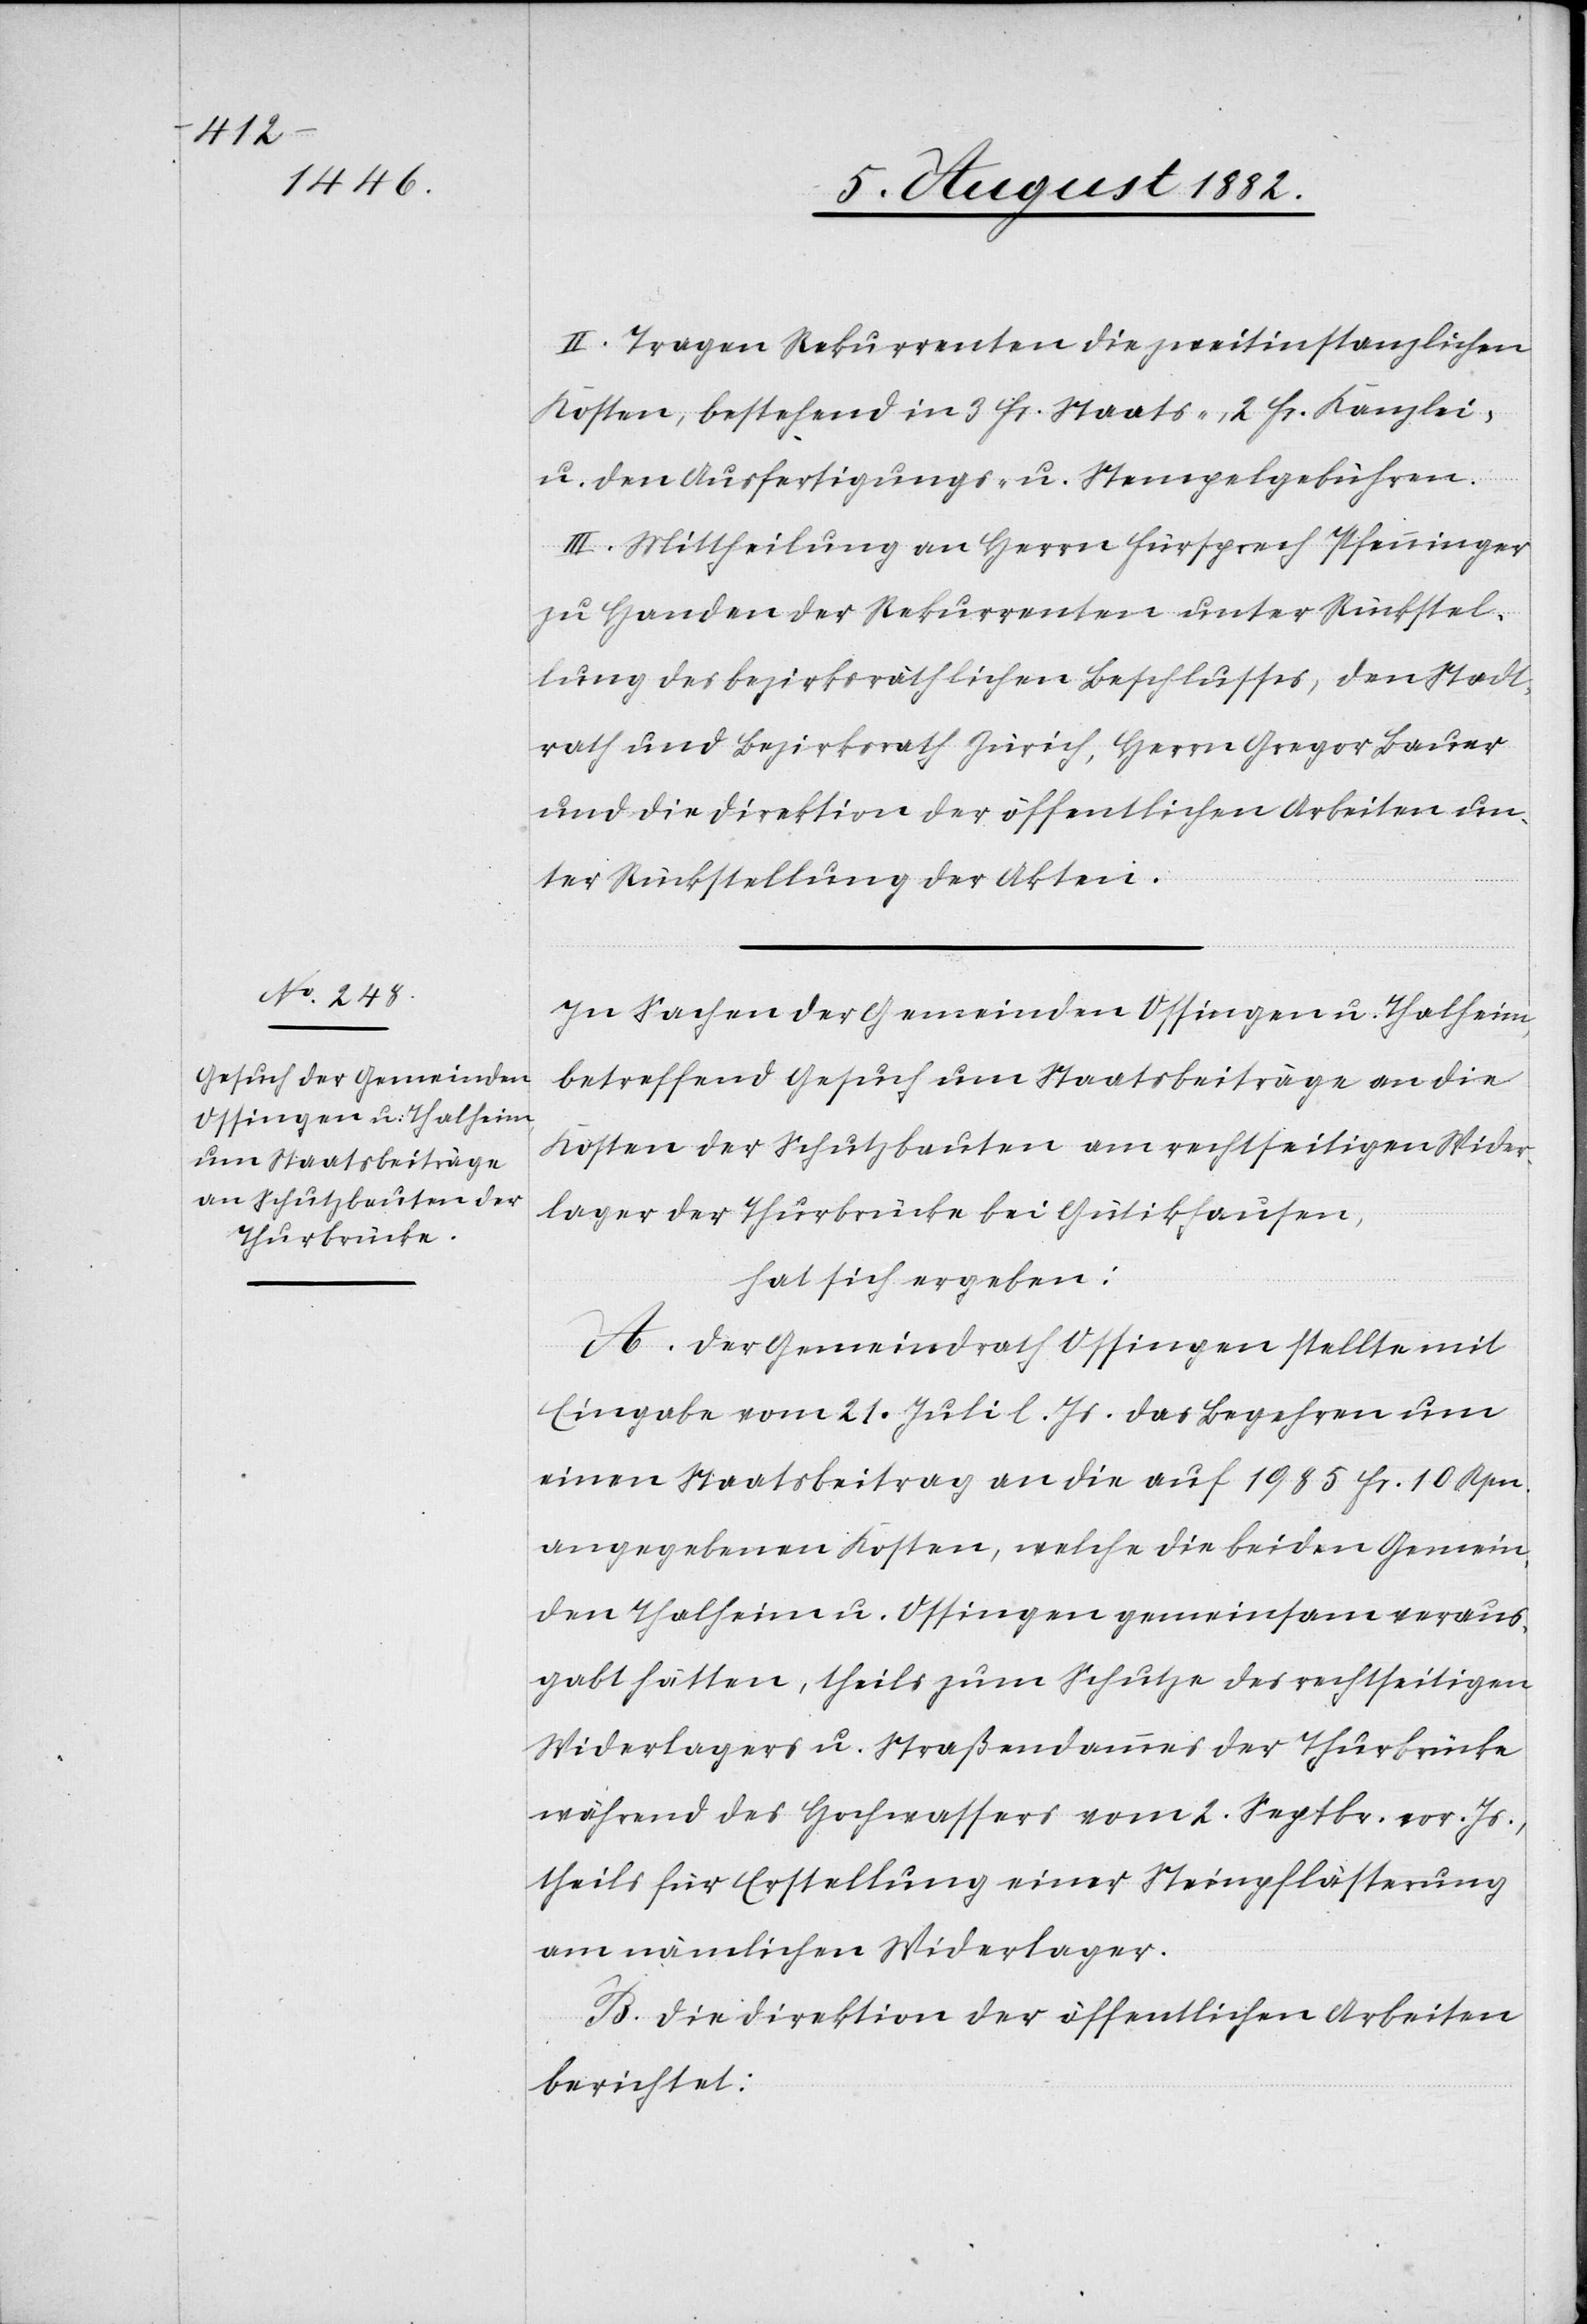
II. Tragen Rekurrenten die zweitinstanzlichen
Kosten, bestehend in 3 Fr. Staats-, 2 Fr. Kanzlei-
u. den Ausfertigungs- u. Stempelgebühren.
III. Mittheilung an Herrn Fürsprech Pfenninger
zu Handen der Rekurrenten unter Rückstel¬
lung des bezirksräthlichen Beschlusses, den Stadt¬
rath und Bezirksrath Zürich, Herrn Gregor Bauer
und die Direktion der öffentlichen Arbeiten un¬
ter Rückstellung der Akten.
In Sachen der Gemeinden Ossingen u. Thalheim
betreffend Gesuch um Staatsbeiträge an die
Kosten der Schutzbauten am rechtseitigen Wider¬
lager der Thurbrücke bei Gütikhausen,
hat sich ergeben:
A. Der Gemeindrath Ossingen stellte mit
Eingabe vom 21. Juli d. Js. das Begehren um
einen Staatsbeitrag an die auf 1985 Fr. 10 Rpn.
angegebenen Kosten, welche die beiden Gemein¬
den Thalheim u. Ossingen gemeinsam veraus¬
gabt hätten, theils zum Schutze des rechtsufrigen
Widerlagers u. Straßendammes der Thurbrücke
während des Hochwassers vom 2. Septbr. vor. Js.,
theils für Erstellung einer Steinpflästerung
am nämlichen Widerlager.
B. Die Direktion der öffentlichen Arbeiten
berichtet: